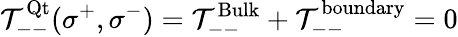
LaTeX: \mathcal{T}_{--}^{\mathrm{{Qt}}}(\sigma^{+},\sigma^{-})=\mathcal{T}_{--}^{\mathrm{{Bulk}}}+\mathcal{T}_{--}^{\mathrm{{boundary}}}=0